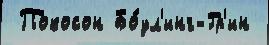
 Покосон Бо́ул'инг-Гр'ин